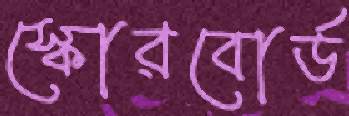
স্কোরবোর্ড